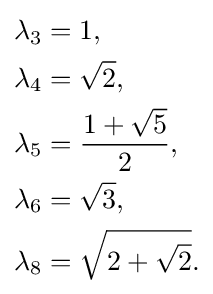
{\begin{aligned}\lambda _{3}&=1,\\\lambda _{4}&={\sqrt {2}},\\\lambda _{5}&={\frac {1+{\sqrt {5}}}{2}},\\\lambda _{6}&={\sqrt {3}},\\\lambda _{8}&={\sqrt {2+{\sqrt {2}}}}.\end{aligned}}